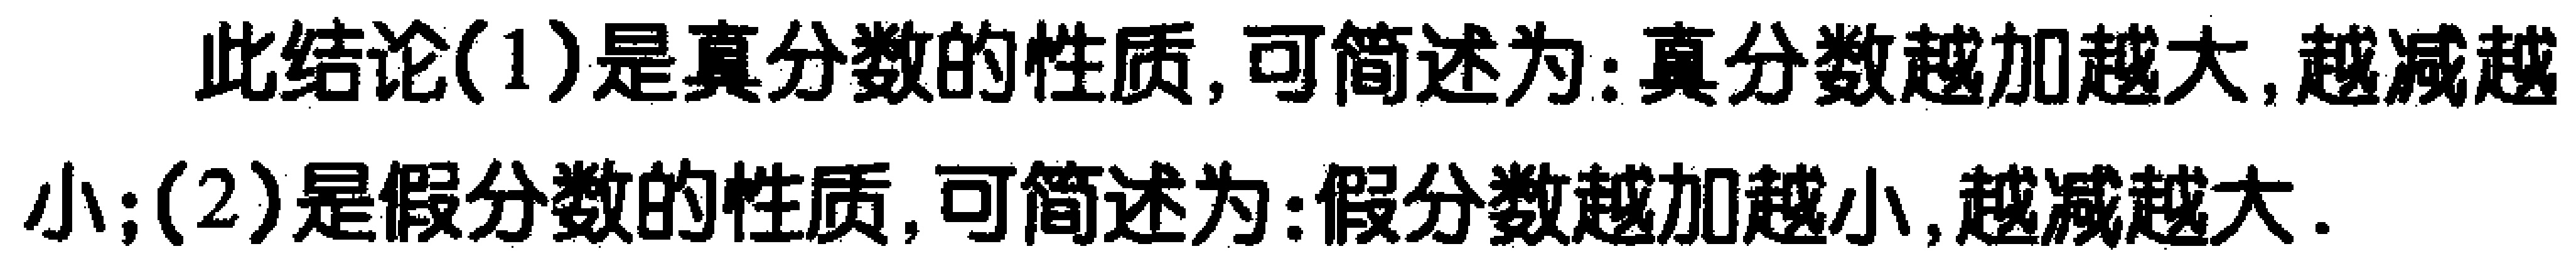
此结论(1)是真分数的性质, 可简述为: 真分数越加越大, 越减越小; (2)是假分数的性质, 可简述为: 假分数越加越小, 越减越大.